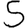
Digit: 5